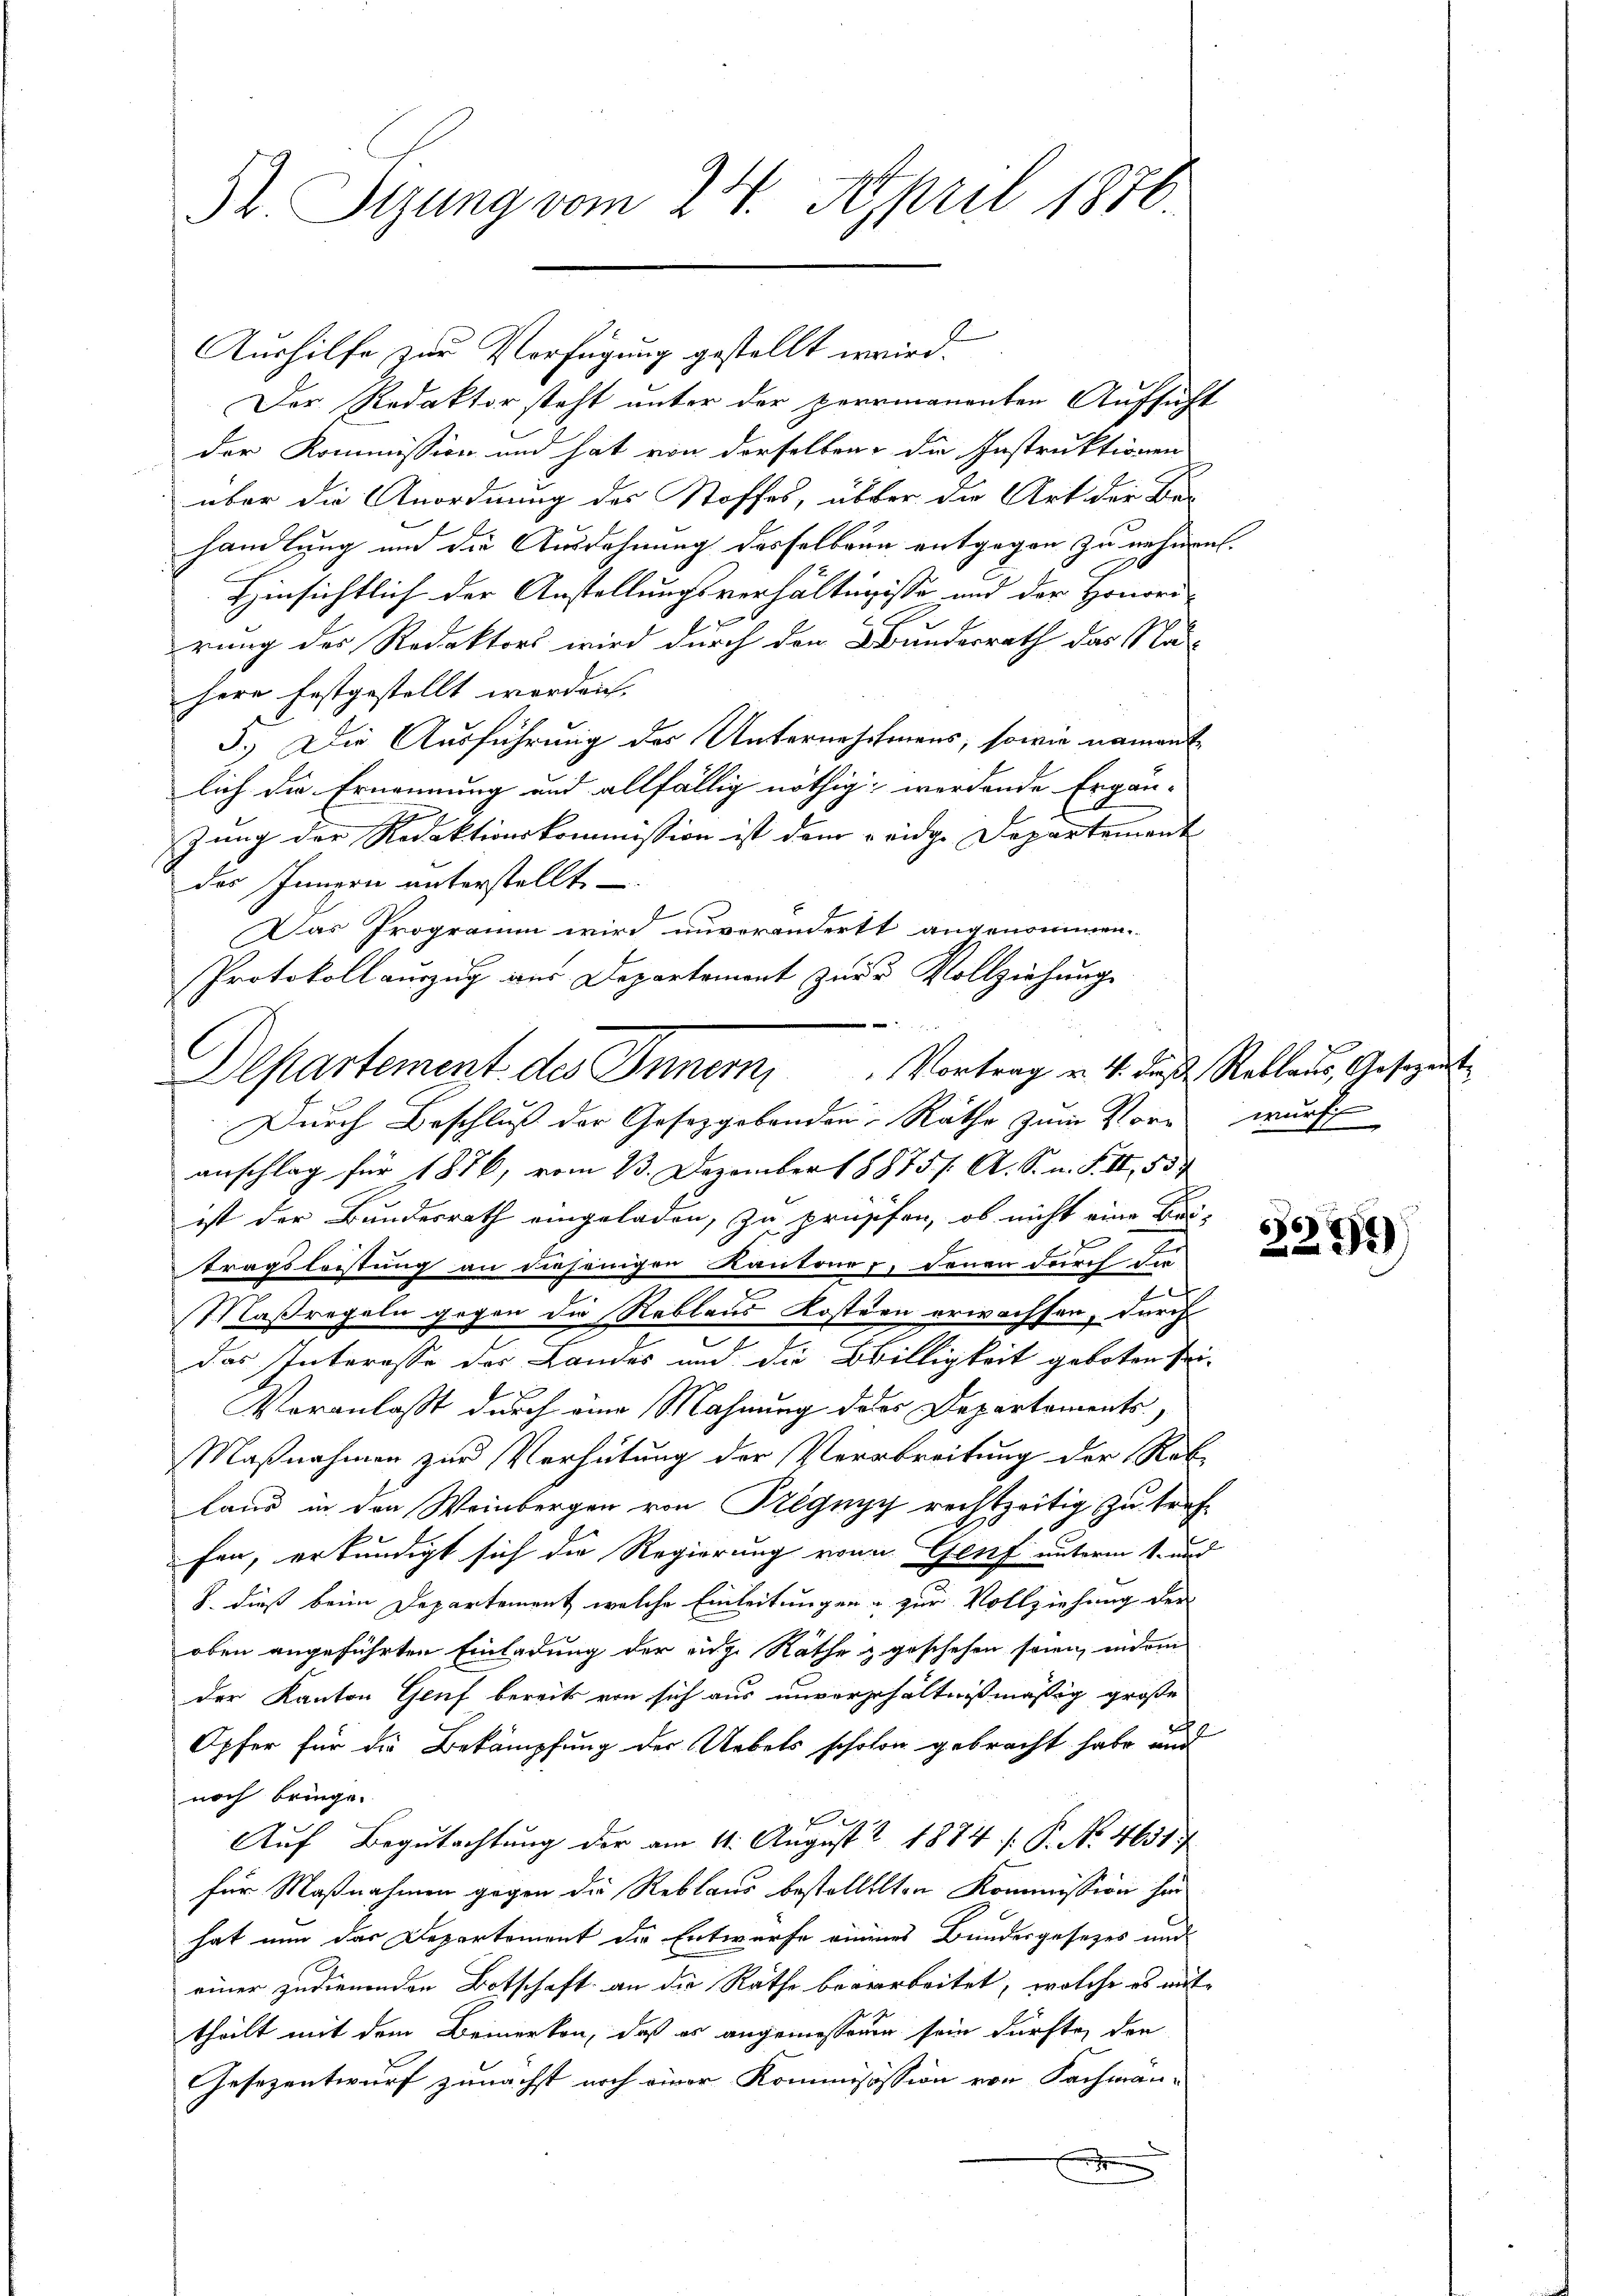
St. Sizung vom 24. April 1876.

Aushilfe zur Verfügung gestellt erwird.
Der Redaktor steht unter der perrmanenten Aufsicht
der Kommission und hat von derselben die Instruktionen
über die Anordnung des Stoffes, über die Art der Be-
handlung und die Ausdehnung desselben entgegen zu nehmen.
Hinsichtlich der Anstellungsverhältnisse und der Honori-
rung des Redaktors wird durch den Bundesrath das Na
here festgestellt werden. |
5.) Die Ausführung des Unternehmens, sowie nament
lich die Ernennung und allfällig nöthig werdende Ergän-
zung der Redaktionskommission ist dem eidge Departement
des Innern unterstellt
Das Programm wird unverändert angenommen.
Protokoll auszug aus Departement zŭr u Vollziehung
Durch Beschluß der Gesetzgebenden Räthe zum Vor-
anschlag für 1876, vom 23. Dezember 18875/. A. S. n. F. II, 53
ist der Bundesrath eingeladen, zu prüsifen, ob nicht eine Bei-
tragsleistung an diejenigen Kantoner, denen durch die
Maßregeln gegen die Reblaus Kostern erwachsen, durch
das Interesse der Landes und die Obilligkeit geboten sei-
Veranlaßt durch eine Mahnung deses Departements
Maßnahmen zur Verhütung der Verabreitung der Reb-
Land in den Weinbergen von Pregney rechtzeitig zu tref-
fen, erkundigt sich die Regierung von Genf unterm 1. und
. dieß beim Departement welche Einleitungen zur Vollziehung der
oben angeführten Einladung der eidg. Räthe & geschehen seien, indem
der Kanton Genf bereits von sich aus unvergehältnißmäßig große
Opfer für die Bekämpfung der Uebels scholon gebracht habe auch
noch bringe.
Auf Begutachtung der am 11. August 1874 f. P. Nr. 4631/
für Maßnahmen gegen die Reblaus bestelletten Kommission hin
hat nun das Departement die Entwurfe einiges Bundesgesezes und
einer zudienenden Botschaft an die Rathe bearbeitet, welche es mit
theilt mit dem Bemerken, daß es angemessenen sein dürfte, den
Gesezentwurf zunächst noch einer Kommissission von Sachmän-
.

u
Departement des Innern, Vortrag v. 4. diese Rollaus, Gesezt

b
wurf
i

66)
229